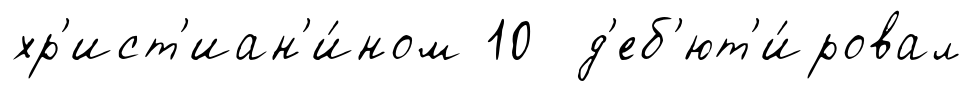
хр'ист'иан'и́ном 10 д'еб'ют'и́ровал